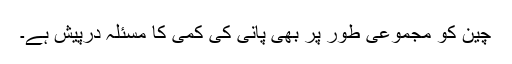
چین کو مجموعی طور پر بھی پانی کی کمی کا مسئلہ درپیش ہے۔